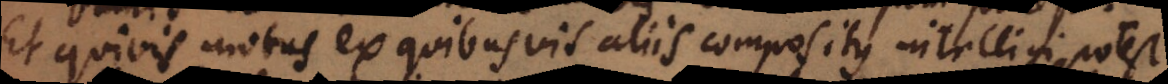
Et quivis motus ex quibusvis aliis compositus intelligi potest.